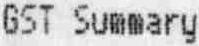
GST SUMMARY